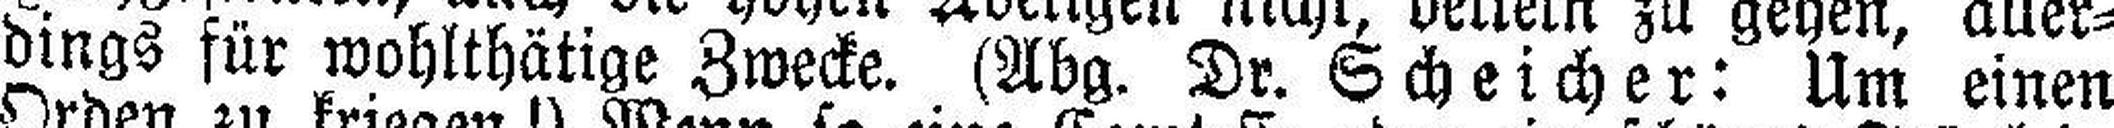
dings für wohlthätige Zwecke. (Abg. Dr. Scheicher: Um einen